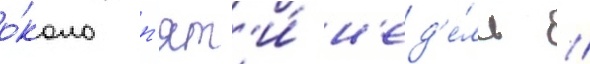
о́коло п'ят'и́ н'ед'е́ль //